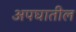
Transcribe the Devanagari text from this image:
अपघातील